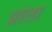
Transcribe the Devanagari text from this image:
प्रांता